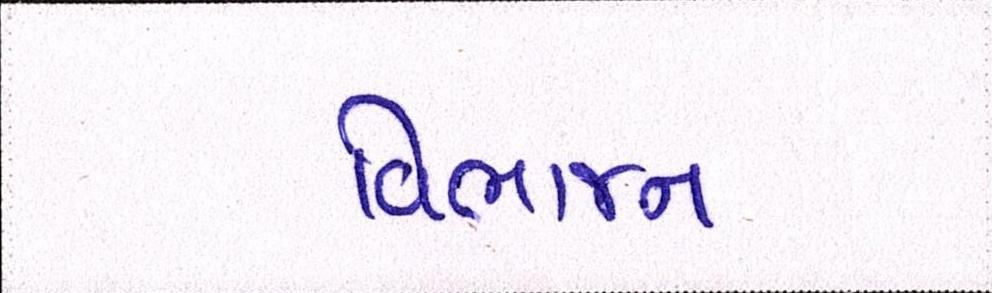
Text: વિભાજન